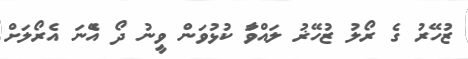
ޒުހޭރު ގެ ރޯލު ޒުހޭޜު ލަަައްވަާ ކުޅުވަން ވިިިީނު ދޯ އެޭނަ އެރޯލަށް